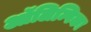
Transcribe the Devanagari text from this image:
ऑलिम्पिका